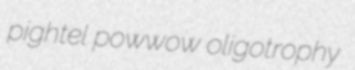
pightel powwow oligotrophy